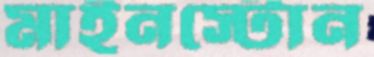
মাইনস্টোন